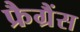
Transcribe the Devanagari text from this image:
फ्रैग्रैंस